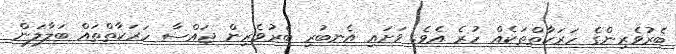
ބެރުވެރިންގެ ހަރަކާތްތަކެއް ހުރެ އެވެ. ވަށައި އެނބުރި ބެރުވެރިން ޖައްސާ ހަރަކާތްތައް ބަލާލަން